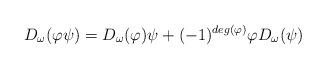
LaTeX: \begin{align*}D_{\omega}(\varphi\psi)=D_{\omega}(\varphi)\psi +(-1)^{deg(\varphi)}\varphi D_{\omega} (\psi)\end{align*}